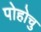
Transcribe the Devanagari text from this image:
पोहोचु